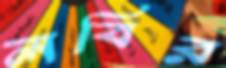
লবির